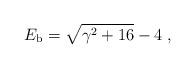
LaTeX: \begin{align*}E_{\rm b} = \sqrt{\gamma\sp 2 + 16} - 4 \;, \end{align*}